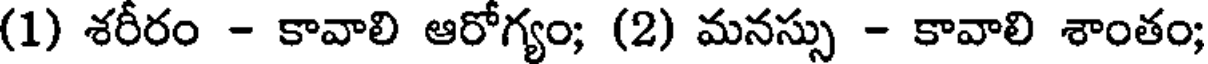
(1) శరీరం - కావాలి ఆరోగ్యం; (2) మనస్సు - కావాలి శాంతం;